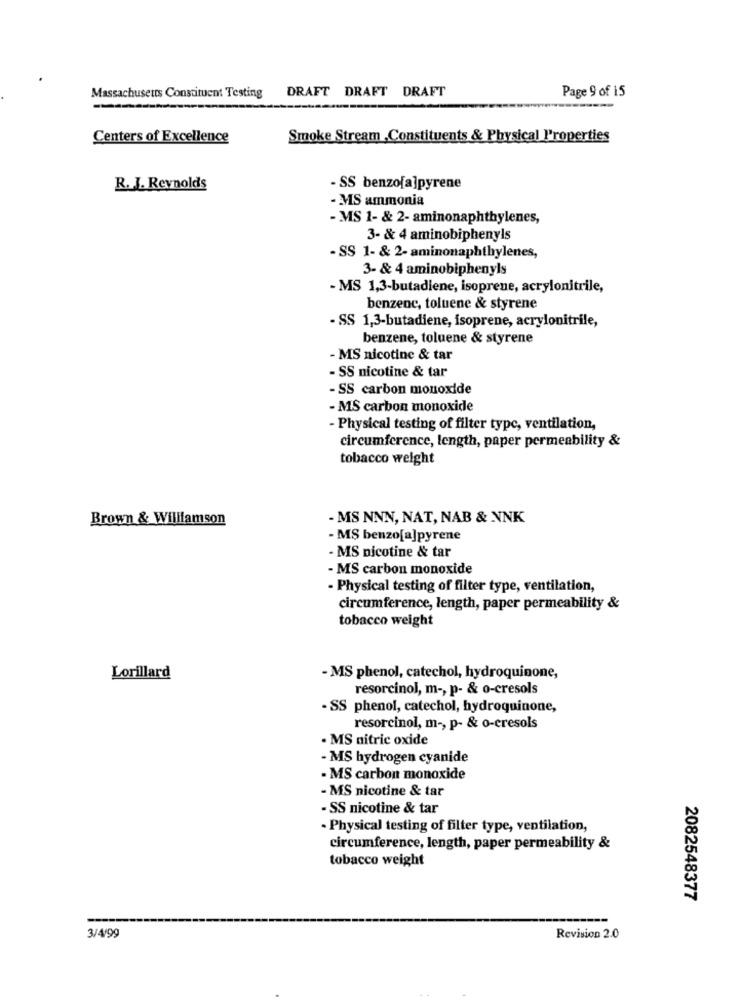
Massachusetts Constituent Testing DRAFT DRAFT DRAFT
Page 9 of 15
Centers of Excellence
Smoke Stream Constituents & Physical Properties
R. J. Reynolds
- SS benzofa]pyrene
- MS ammonia
- MS 1- & 2- aminonaphthylenes,
3- & 4 aminobiphenyls
- SS 1- & 2- aminonaphthylenes,
3- & 4 aminobiphenyls
- MS 1,3-butadiene, isoprene, acrylonitrile,
benzene, toluene & styrene
- SS 1,3-butadiene, isoprene, acrylonitrile,
benzene, toluene & styrene
- MS nicotine & tar
- SS nicotine & tar
- SS carbon monoxide
- MS carbon monoxide
- Physical testing of filter type, ventilation,
circumference, length, paper permeability &
tobacco weight
Brown & Williamson
- MS NNN, NAT, NAB & NNK
- MS benzo[a]pyrene
- MS nicotine & tar
- MS carbon monoxide
- Physical testing of filter type, ventilation,
circumference, length, paper permeability &
tobacco weight
Lorillard
- MS phenol, catechol, hydroquinone,
resorcinol, m -, p- & o-cresols
- SS phenol, catechol, hydroquinone,
resorcinol, m -, p- & o-cresols
· MS nitric oxide
- MS hydrogen cyanide
- MS carbon monoxide
- MS nicotine & tar
- SS nicotine & tar
· Physical testing of filter type, ventilation,
circumference, length, paper permeability &
tobacco weight
2082548377
3/4/99
Revision 2.0